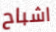
اشباح